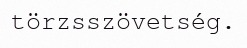
törzsszövetség.